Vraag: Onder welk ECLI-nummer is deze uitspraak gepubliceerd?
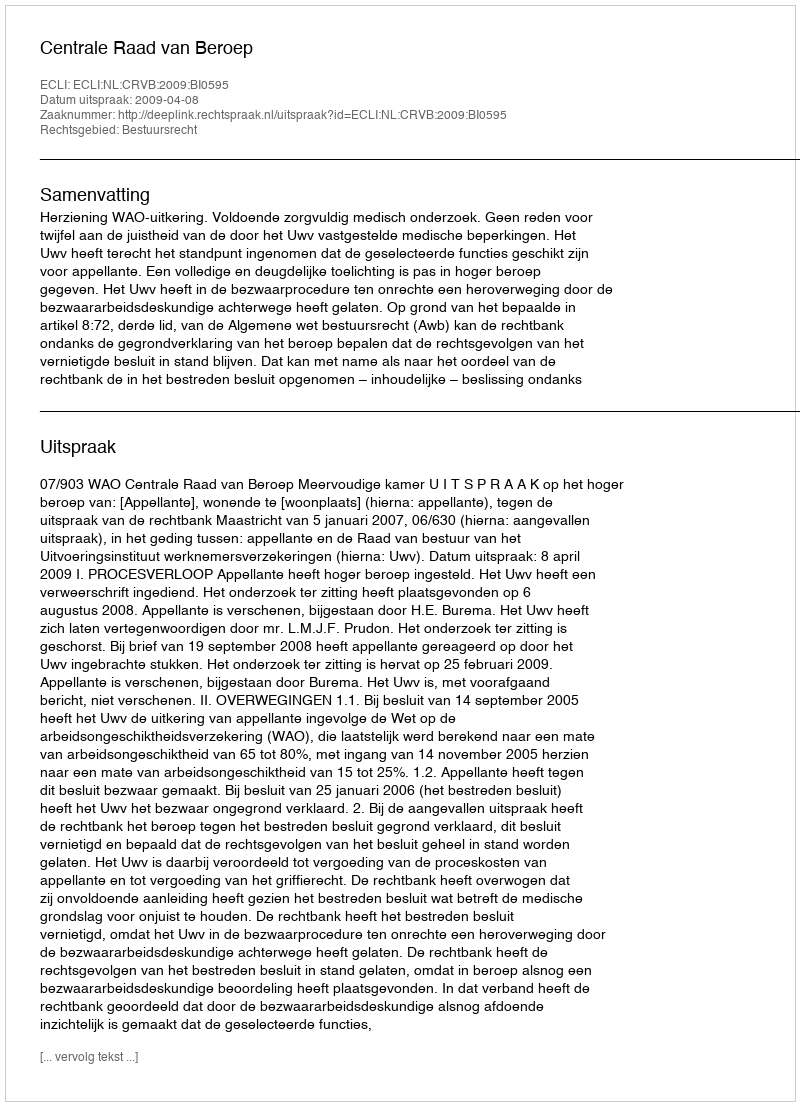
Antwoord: ECLI:NL:CRVB:2009:BI0595